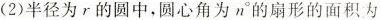
(2)半径为r的圆中，圆心角为n的扇形的面积为